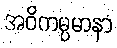
အဝိကမ္ပမာနာ